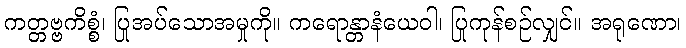
ကတ္တဗ္ဗကိစ္စံ၊ ပြုအပ်သောအမှုကို။ ကရောန္တာနံယေဝါ၊ ပြုကုန်စဉ်လျှင်။ အရုဏော၊